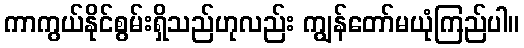
ကာကွယ်နိုင်စွမ်းရှိသည်ဟုလည်း ကျွန်တော်မယုံကြည်ပါ။